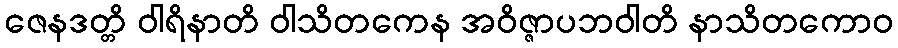
ဇေနဒတ္တိ ဝါရိနာတိ ဝါသိတကေန အဝိဇ္ဇာပဘဝါတိ နာသိတကောဝ